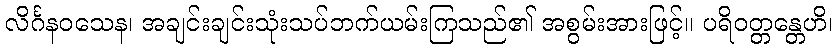
လိင်္ဂနဝသေန၊ အချင်းချင်းသုံးသပ်ဘက်ယမ်းကြသည်၏ အစွမ်းအားဖြင့်။ ပရိဝတ္တန္တေဟိ၊